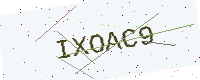
Text: IXOAC9